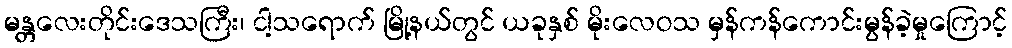
မန္တလေးတိုင်းဒေသကြီး၊ ငါ့သရောက် မြို့နယ်တွင် ယခုနှစ် မိုးလေဝသ မှန်ကန်ကောင်းမွန်ခဲ့မှုကြောင့်